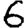
Digit: 6